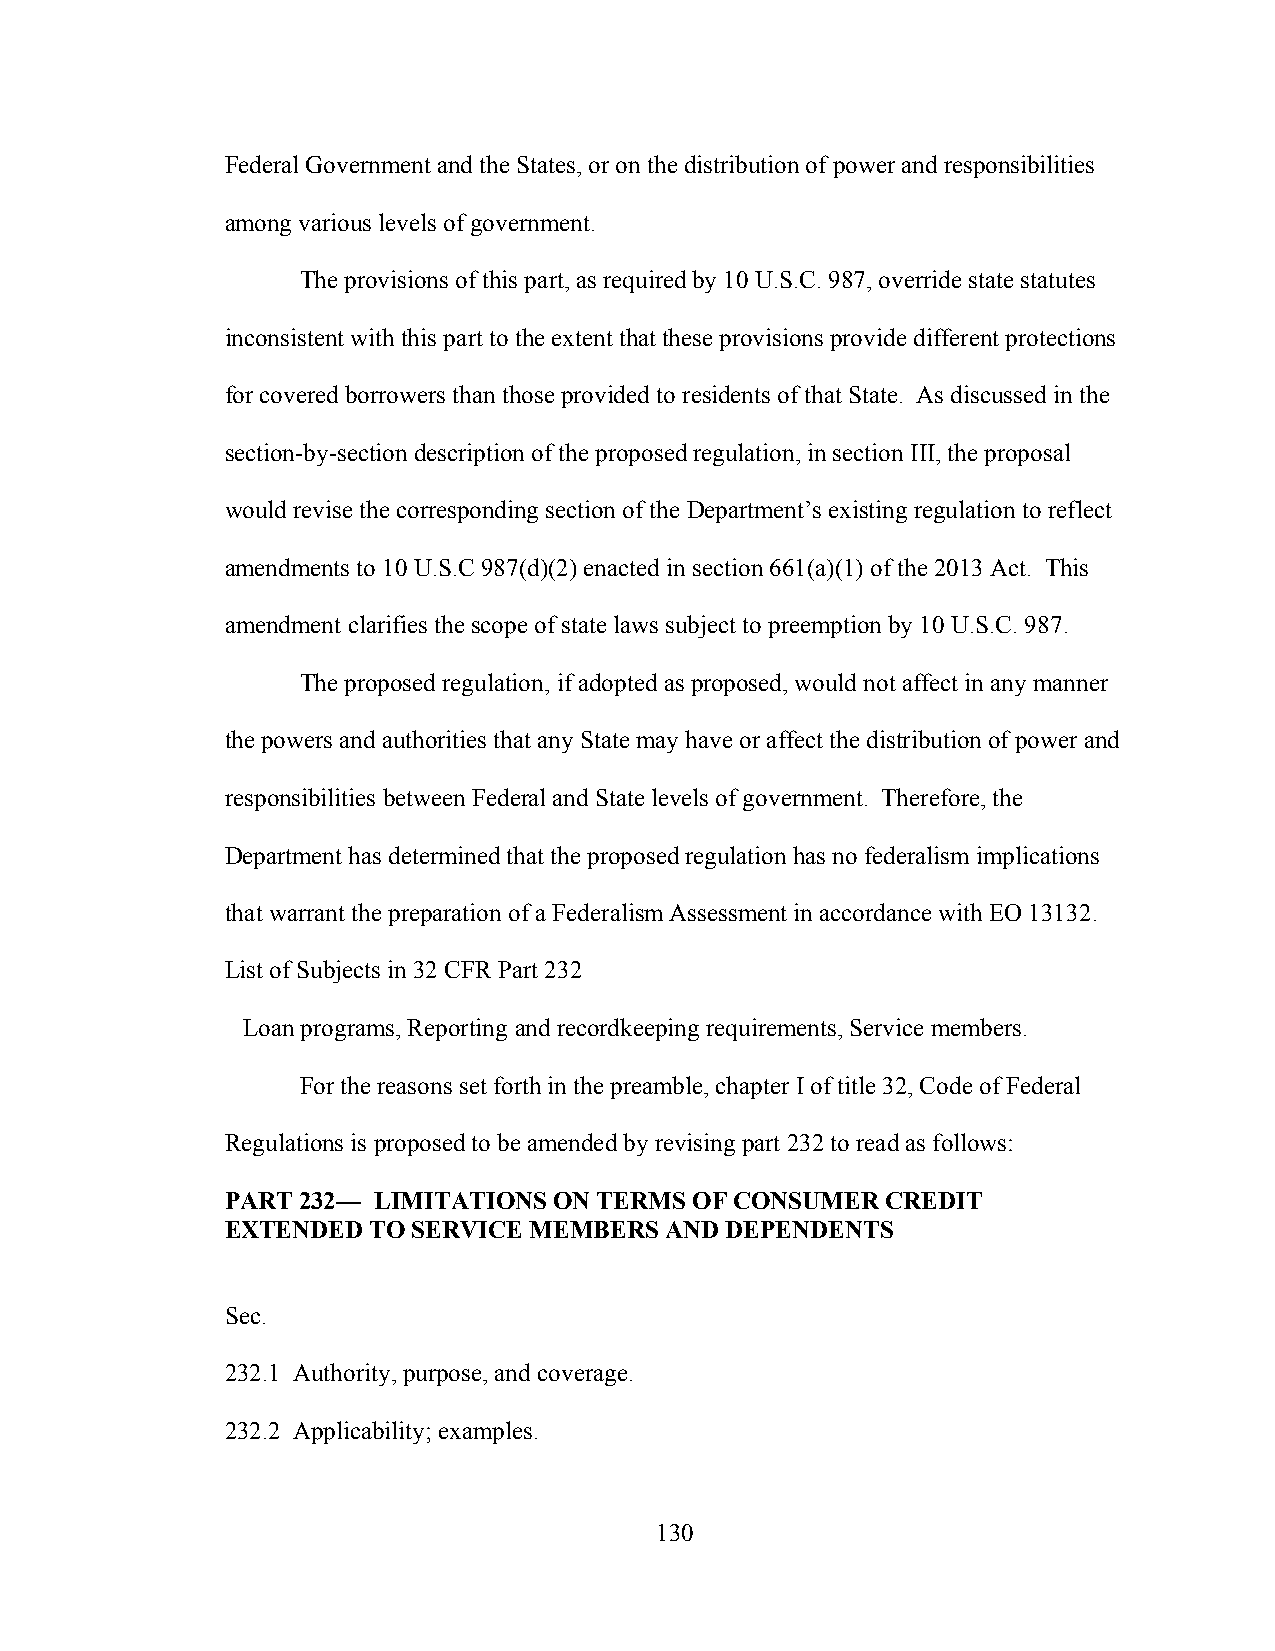
Federal Government and the States, or on the distribution of power and responsibilities
 among various levels of government.
 The provisions of this part, as required by 10 U.S.C. 987, override state statutes
 inconsistent with this part to the extent that these provisions provide different protections
 for covered borrowers than those provided to residents of that State. As discussed in the
 section-by-section description of the proposed regulation, in section III, the proposal
 would revise the corresponding section of the Department’s existing regulation to reflect
 amendments to 10 U.S.C 987(d)(2) enacted in section 661(a)(1) of the 2013 Act. This
 amendment clarifies the scope of state laws subject to preemption by 10 U.S.C. 987.
 The proposed regulation, if adopted as proposed, would not affect in any manner
 the powers and authorities that any State may have or affect the distribution of power and
 responsibilities between Federal and State levels of government. Therefore, the
 Department has determined that the proposed regulation has no federalism implications
 that warrant the preparation of a Federalism Assessment in accordance with EO 13132.
 List of Subjects in 32 CFR Part 232
 Loan programs, Reporting and recordkeeping requirements, Service members.
 For the reasons set forth in the preamble, chapter I of title 32, Code of Federal
 Regulations is proposed to be amended by revising part 232 to read as follows:
 PART 232— LIMITATIONS ON TERMS OF CONSUMER  CREDIT
 EXTENDED  TO SERVICE MEMBERS AND DEPENDENTS
 Sec.
 232.1 Authority, purpose, and coverage.
 232.2 Applicability; examples.
 130